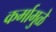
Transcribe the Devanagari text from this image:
कर्मामुळे